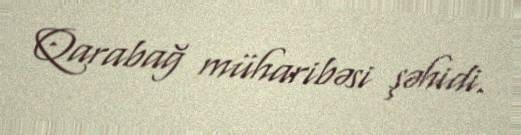
Qarabağ müharibəsi şəhidi.